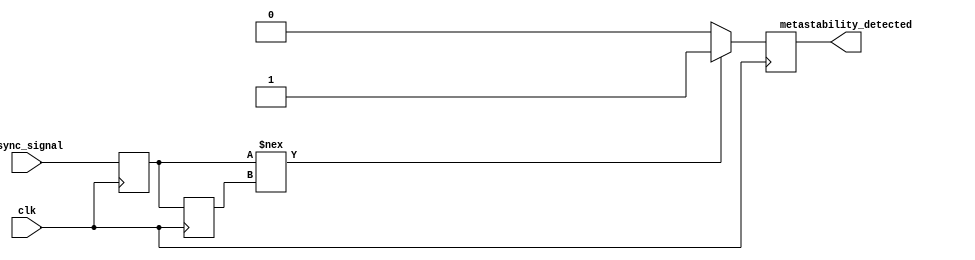
module metastability_detector (
    input wire clk,            // Clock signal
    input wire async_signal,   // Asynchronous input signal to monitor
    output reg metastability_detected // Output indicator for metastability
);

    // Internal signals for the latches
    reg async_latch; // First latch (L1)
    reg stable_latch; // Second latch (L2)

    // Sampling process for the first latch (L1)
    always @(posedge clk) begin
        async_latch <= async_signal;
    end

    // Sampling process for the second latch (L2)
    always @(posedge clk) begin
        stable_latch <= async_latch;
    end

    // Metastability detection logic
    always @(posedge clk) begin
        // Check if the two latches have different states
        if (async_latch !== stable_latch) begin
            metastability_detected <= 1'b1; // Metastability detected
        end else begin
            metastability_detected <= 1'b0; // No metastability
        end
    end

endmodule